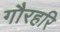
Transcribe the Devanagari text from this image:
गौरहरि